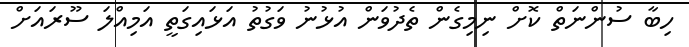
ހިބާ ސުންނަތް ކޮށް ނިމިގެން ތެދުވަން އުޅުނު ވަގުތު އަޅައިގަތީ އަމިއްލަ ސޫރައަށް